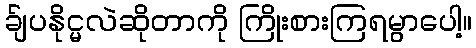
ခ်ျပနိုင္မလဲဆိုတာကို ကြိုးစားကြရမွာပေါ့။